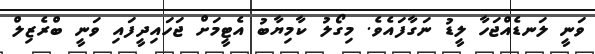
ވަނީ ލަނޑެއްޖަހާ ލީޑު ނަގާފައެވެ. މިގޯލު ކާމިޔާބު އެޓީމަށް ޖަހައިދީފައި ވަނީ ބްރެޒިލް